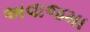
અવાજમા